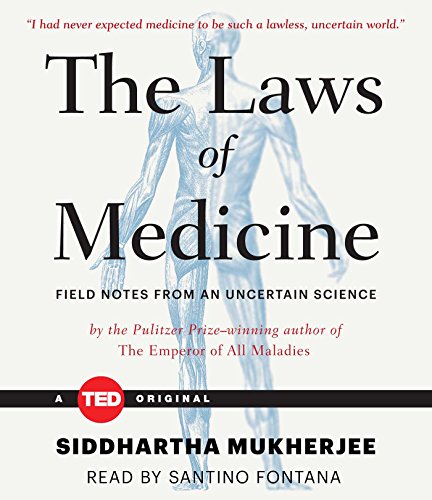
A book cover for The Laws of Medicine; Siddhartha Mukherjee; Medical Books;